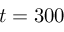
t = 3 0 0